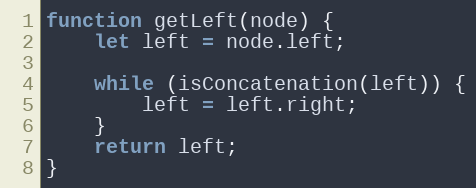
Language: JavaScript
function getLeft(node) {
    let left = node.left;

    while (isConcatenation(left)) {
        left = left.right;
    }
    return left;
}